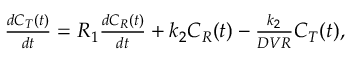
\begin{array} { r } { \frac { d C _ { T } ( t ) } { d t } = R _ { 1 } \frac { d C _ { R } ( t ) } { d t } + k _ { 2 } C _ { R } ( t ) - \frac { k _ { 2 } } { D V R } C _ { T } ( t ) , } \end{array}